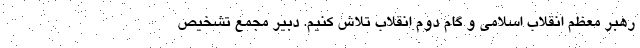
رهبر معظم انقلاب اسلامی و گام دوم انقلاب تلاش کنیم. دبیر مجمع تشخیص